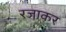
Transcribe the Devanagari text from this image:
रजाकर